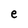
Character: e